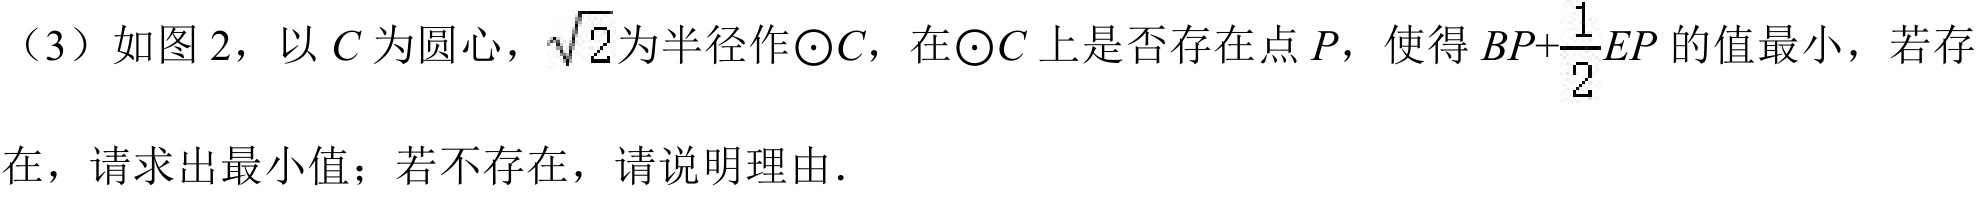
（3）如图 2，以\(C\)为圆心，\(\sqrt{2}\)为半径作\(\odot C\)，在\(\odot C\)上是否存在点\(P\)，使得\(BP + \frac{1}{2}EP\)的值最小，若存在，请求出最小值；若不存在，请说明理由.